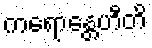
ကရောန္တေဟီတိ